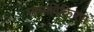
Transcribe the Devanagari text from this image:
उष्माविकिरण